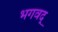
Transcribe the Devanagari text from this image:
भगवद्‍